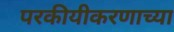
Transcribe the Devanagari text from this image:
परकीयीकरणाच्या